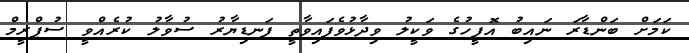
ކަމަށް ބަންޑާރަ ނައިބު އޮފީހުގެ ވަކީލު ވިދާޅުވެފައިވާތީ ފަނޑިޔާރު ސުވާލު ކުރެއްވީ ސުޕްރީމް